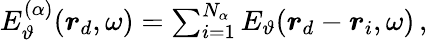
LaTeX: \begin{array}{r}{E_{\vartheta}^{(\alpha)}(\boldsymbol{r}_{d},\omega)=\sum_{i=1}^{N_{\alpha}}E_{\vartheta}(\boldsymbol{r}_{d}-\boldsymbol{r}_{i},\omega)\, ,}\end{array}